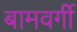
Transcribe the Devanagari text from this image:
बामवर्गी